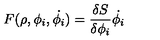
F ( \rho , \phi _ { i } , \dot { \phi _ { i } } ) = { \frac { \delta S } { \delta \phi _ { i } } } \dot { \phi _ { i } }